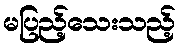
မပြည့်သေးသည့်